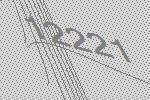
12221